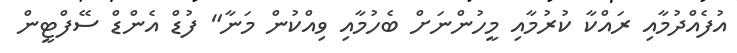
އުފެއްދުމާއި ރައްކާ ކުރުމާއި މީހުންނަށް ބެހުމާއި ވިއްކުން މަނާ" ފުޑް އެންޑް ސޭފްޓީން